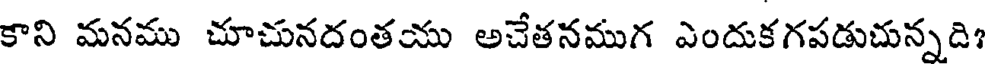
కాని మనము చూచునదంతయు అచేతనముగ ఎందుకగపడుచున్నది?